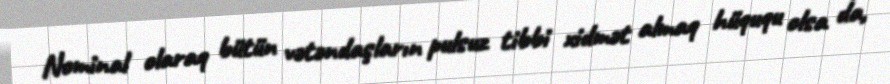
Nominal olaraq bütün vətəndaşların pulsuz tibbi xidmət almaq hüququ olsa da,